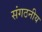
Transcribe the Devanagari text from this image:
संगठनीय